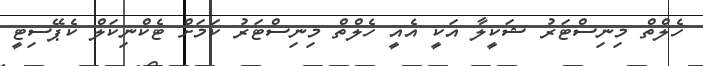
ހެލްތް މިނިސްޓަރު ޝަކީލާ އަކީ އެއީ ހެލްތް މިނިސްޓަރު ކަމަށް ޓެކްނިކަލް ކެޕޭސިޓީ